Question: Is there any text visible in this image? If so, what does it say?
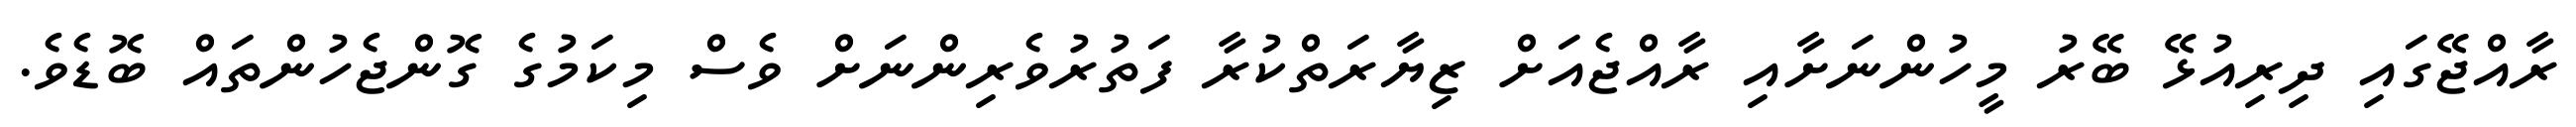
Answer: ރާއްޖޭގައި ދިރިއުޅޭ ބޭރު މީހުންނަށާއި ރާއްޖެއަށް ޒިޔާރަތްކުރާ ފަތުރުވެރިންނަށް ވެސް މިކަމުގެ ގޮންޖެހުންތައް ބޮޑެވެ.